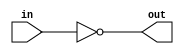

module popcount
	(
	in,
	out
	);
	input [0:0] in;
	output	 [0:0] out;

	assign out[0] = ~in[0];
endmodule